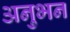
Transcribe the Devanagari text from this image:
अनुभन